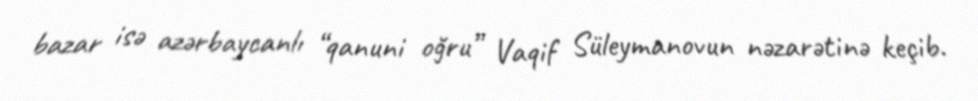
bazar isə azərbaycanlı “qanuni oğru” Vaqif Süleymanovun nəzarətinə keçib.